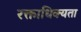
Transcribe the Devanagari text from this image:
रक्ताधिक्यता